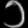
Digit: ၁